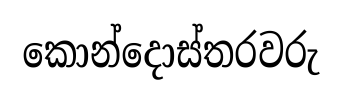
කොන්දොස්තරවරු